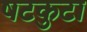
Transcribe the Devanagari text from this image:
षटकुटा